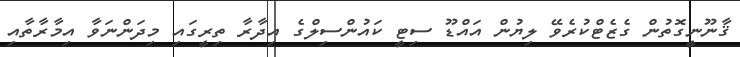
ޤާނޫނީގޮތުން ގެޒެޓްކުރެވޭ ލިޔުން އައްޑޫ ސިޓީ ކައުންސިލްގެ އިދާރާ ތިރީގައި މިދަންނަވާ އިމާރާތާއި